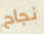
نجاح